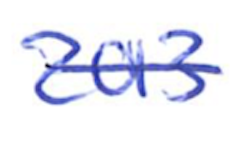
Text: 2013
Cross-out: mix
Writing tool: ballpoint